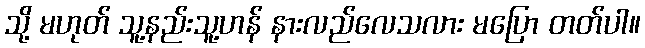
သို့ မဟုတ် သူ့နည်းသူ့ဟန် နားလည်လေသလား မပြော တတ်ပါ။